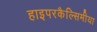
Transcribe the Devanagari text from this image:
हाइपरकैल्सिमीया